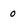
Character: 0